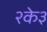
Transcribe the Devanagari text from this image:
२के३